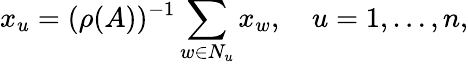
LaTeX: x_{u}=(\rho(A))^{-1}\sum_{w\in N_{u}}x_{w},\quad u=1,\ldots,n,